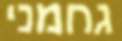
גחמני